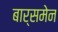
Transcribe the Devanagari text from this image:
बार्समेन